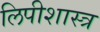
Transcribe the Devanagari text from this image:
लिपीशास्त्र